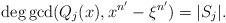
LaTeX: \begin{align*}\deg \gcd(Q_j(x), x^{{n^\prime}}-\xi^{{n^\prime}})=|S_j|.\end{align*}